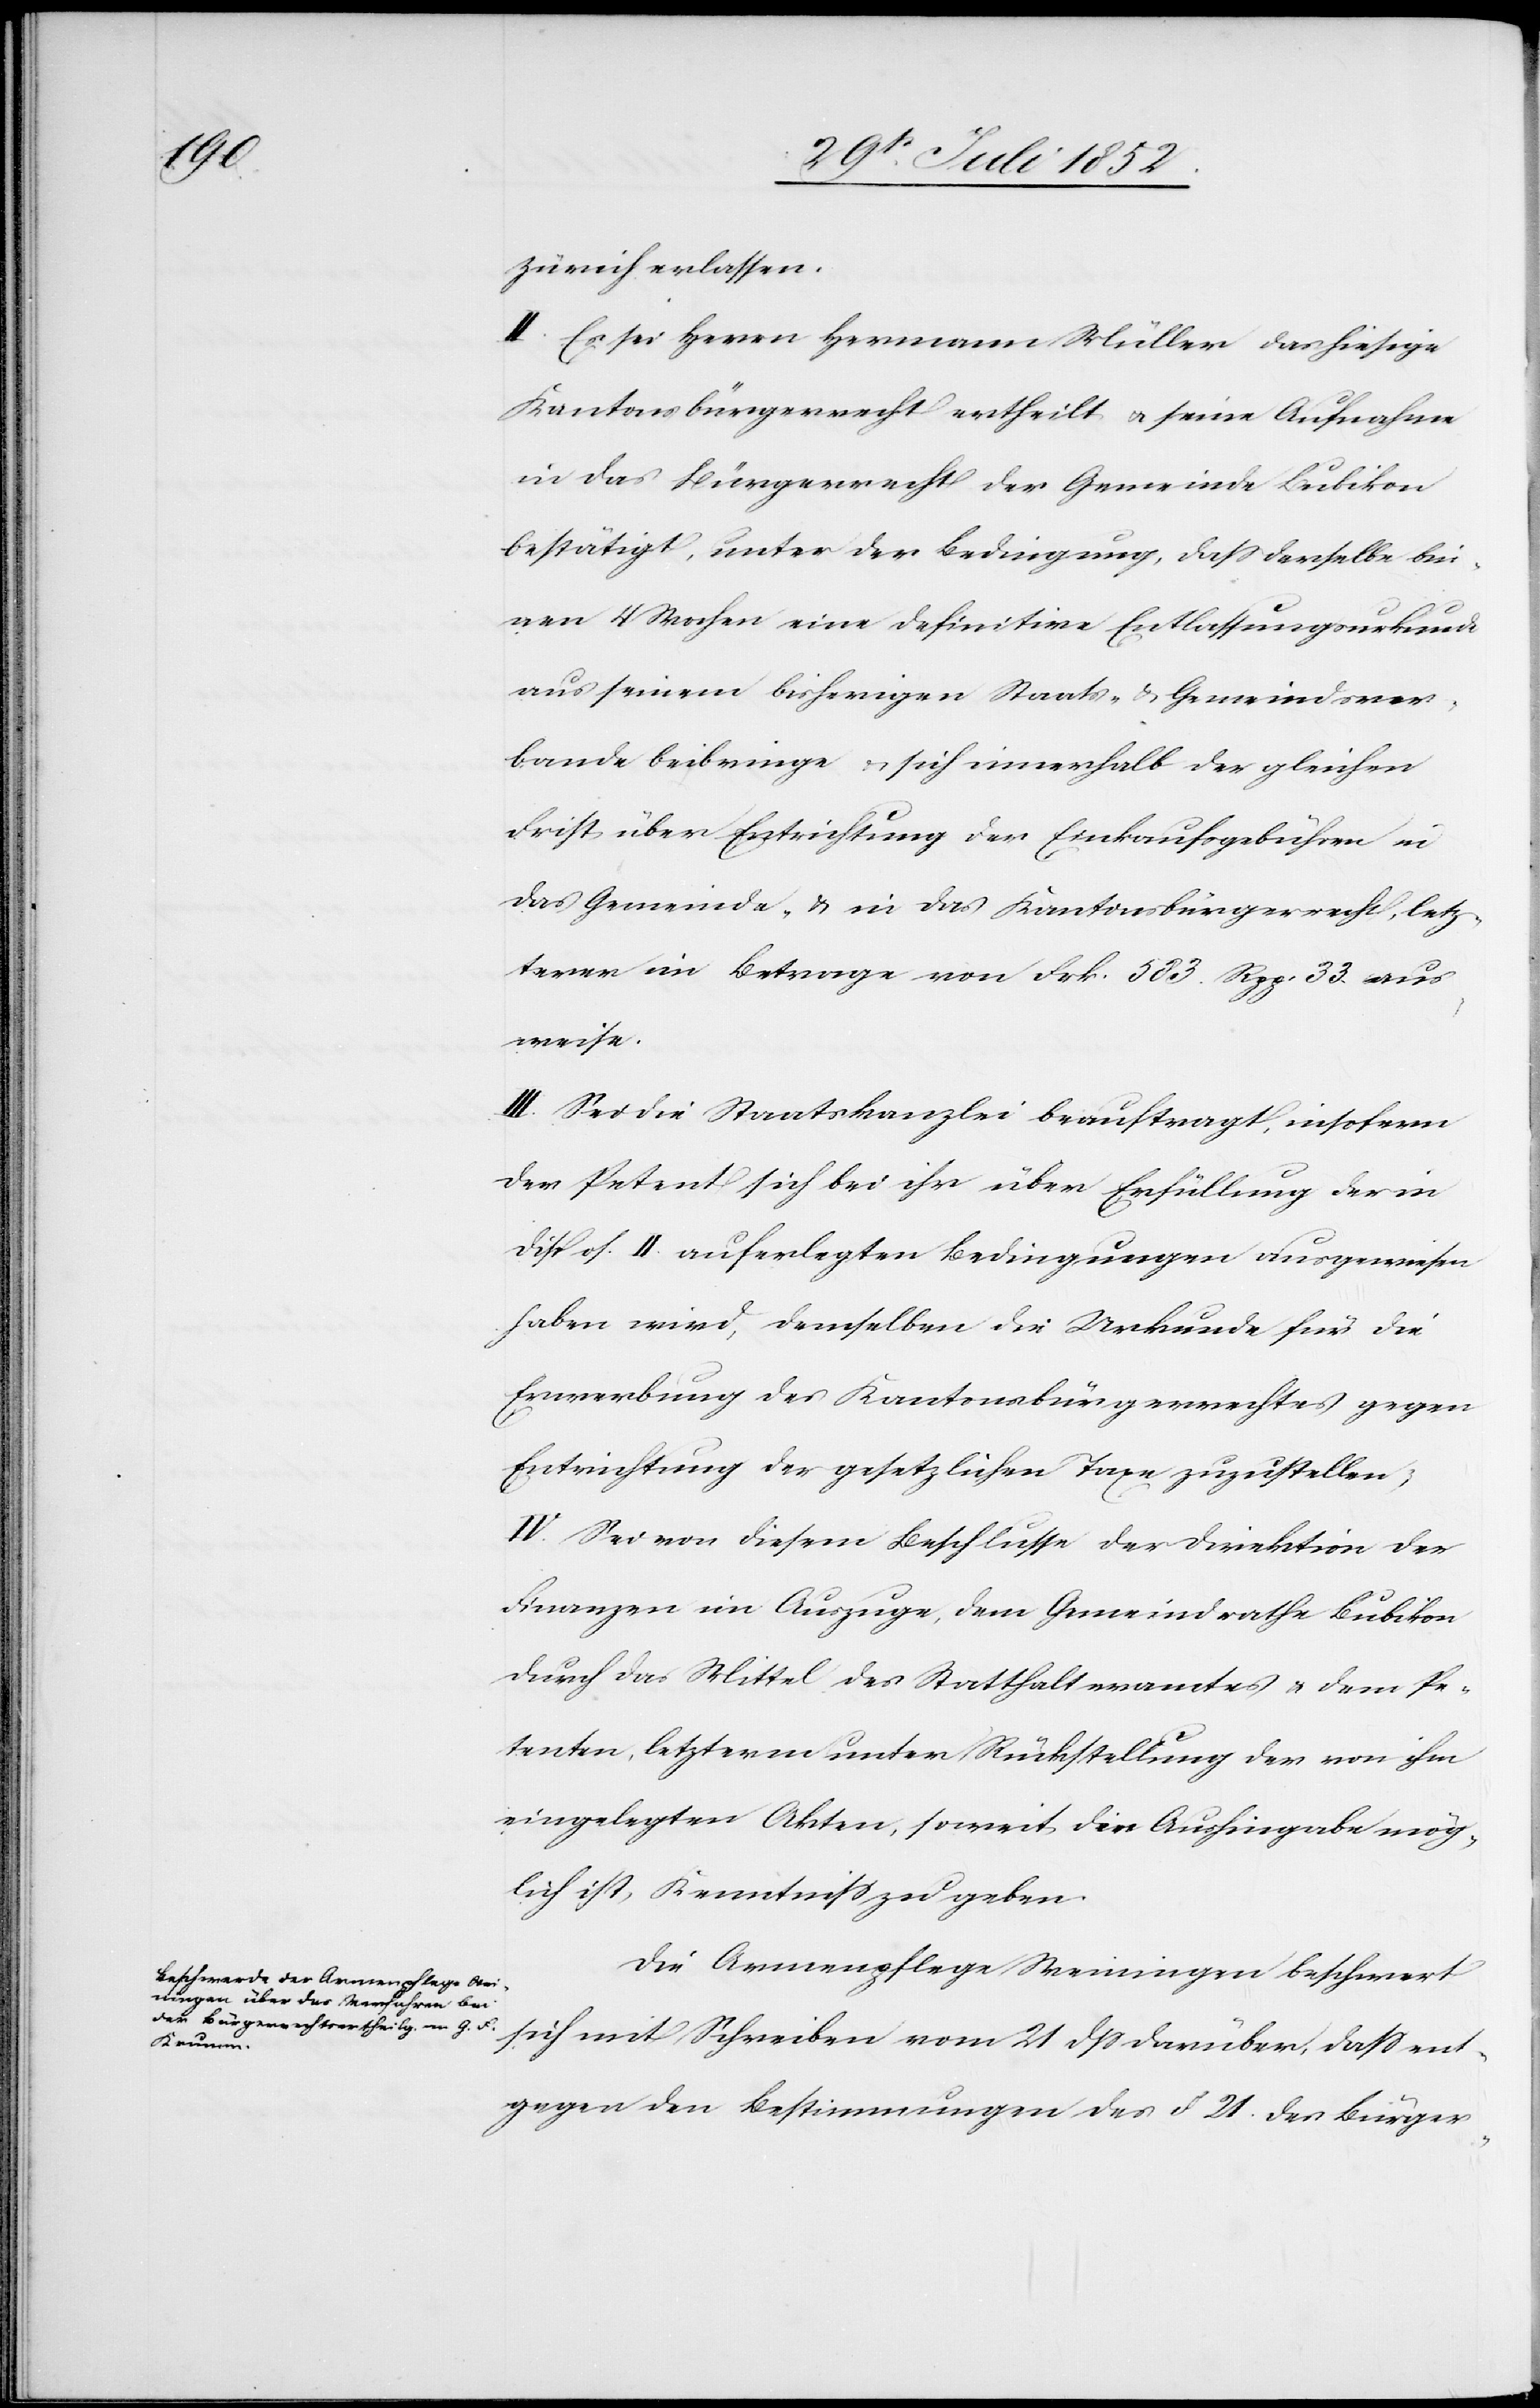
Zürich erlassen.
II. Es sei Herrn Hermann Müller das hiesige
Kantonsbürgerrecht ertheilt & seine Aufnahme
in das Bürgerrecht der Gemeinde Bubikon
bestätigt, unter der Bedingung, dass derselbe bin¬
nen 4 Wochen eine definitive Entlassungsurkunde
aus seinem bisherigen Staats- & Gemeindsver¬
bande beibringe & sich innerhalb der gleichen
Frist über Entrichtung der Einkaufsgebühren in
das Gemeinde- & in das Kantonsbürgerrecht, letz¬
terer im Betrage von Frk. 583. Rpp. 33. aus¬
weise.
III. Sei die Staatskanzlei beauftragt, insofern
der Petent sich bei ihr über Erfüllung der in
Dispos. II. auferlegten Bedingungen ausgewiesen
haben wird, demselben die Urkunde für die
Erwerbung des Kantonsbürgerrechtes gegen
Entrichtung der gesetzlichen Taxe zuzustellen;
IV. Sei von diesem Beschlusse der Direktion der
Finanzen im Auszuge, dem Gemeindrathe Bubikon
durch das Mittel des Statthalteramtes & dem Pe¬
tenten, letzterm unter Rückstellung der von ihm
eingelegten Akten, soweit die Aushingabe mög¬
lich ist, Kenntniss zu geben.
Die Armenpflege Weiningen beschwert
dass ent¬
gegen den Bestimmungen des § 21. des Bürger-